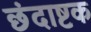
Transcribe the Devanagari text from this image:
छंदाष्टक